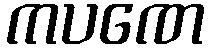
ကပဏေ